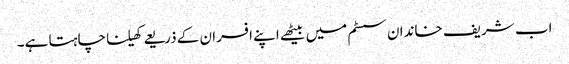
اب شریف خاندان سسٹم میں بیٹھے اپنے افسران کے ذریعے کھیلنا چاہتا ہے۔